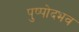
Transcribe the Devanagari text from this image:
पुष्पोदभव